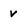
Character: v